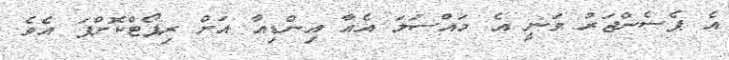
އެ ޕެސެންޖަރު ވަނީ އެ މައްސަލަ އެއާ އިންޑިއާ އަށް ރިޕޯޓްކޮށްފަ އެވެ.